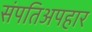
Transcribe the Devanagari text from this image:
संपतिअपहार